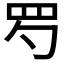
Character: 𦉹